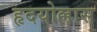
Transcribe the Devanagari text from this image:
हृदयोल्लास